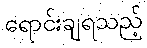
ရောင်းချရသည့်